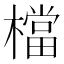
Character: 檔